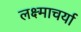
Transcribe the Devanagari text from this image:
लक्ष्माचर्या